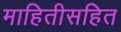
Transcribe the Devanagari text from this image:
माहितीसहित